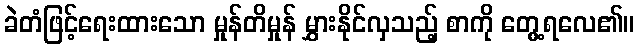
ခဲတံဖြင့်ရေးထားသော မှုန်တိမှုန် မွှားနိုင်လှသည့် စာကို တွေ့ရလေ၏။